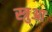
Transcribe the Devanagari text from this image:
स्त्रुआ